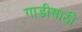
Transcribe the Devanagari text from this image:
गाडीसाठी